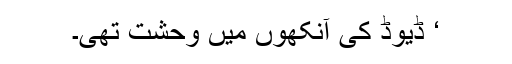
‘ ڈیوڈ کی آنکھوں میں وحشت تھی۔